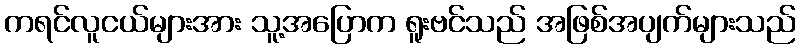
ကရင်လူငယ်များအား သူ့အပြောက ရူးဗင်သည် အဖြစ်အပျက်များသည်